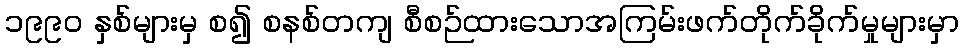
၁၉၉၀ နှစ်များမှ စ၍ စနစ်တကျ စီစဉ်ထားသောအကြမ်းဖက်တိုက်ခိုက်မှုများမှာ